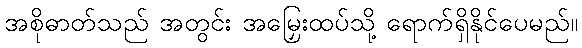
အစိုဓာတ်သည် အတွင်း အမြှေးထပ်သို့ ရောက်ရှိနိုင်ပေမည်။